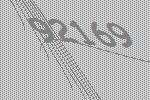
92169